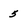
Character: 5